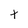
Character: t